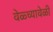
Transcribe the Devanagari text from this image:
वेळ्च्यावेळी